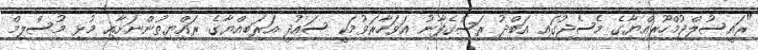
"ރައީސުލްޖުމްހޫރިއްޔާގެ މެސެޖުގައި އަބްދު ރަސްގެފާނު އަވަހާރަވުމަކީ ސައުދީ އަރަބިއްޔާގެ ރައްޔިތުންނަށާއި މުޅި މުސްލިމް